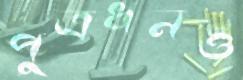
পুত্রধনও